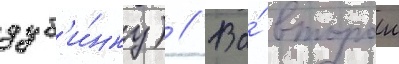
дуб'и́нку) // Во́ второи